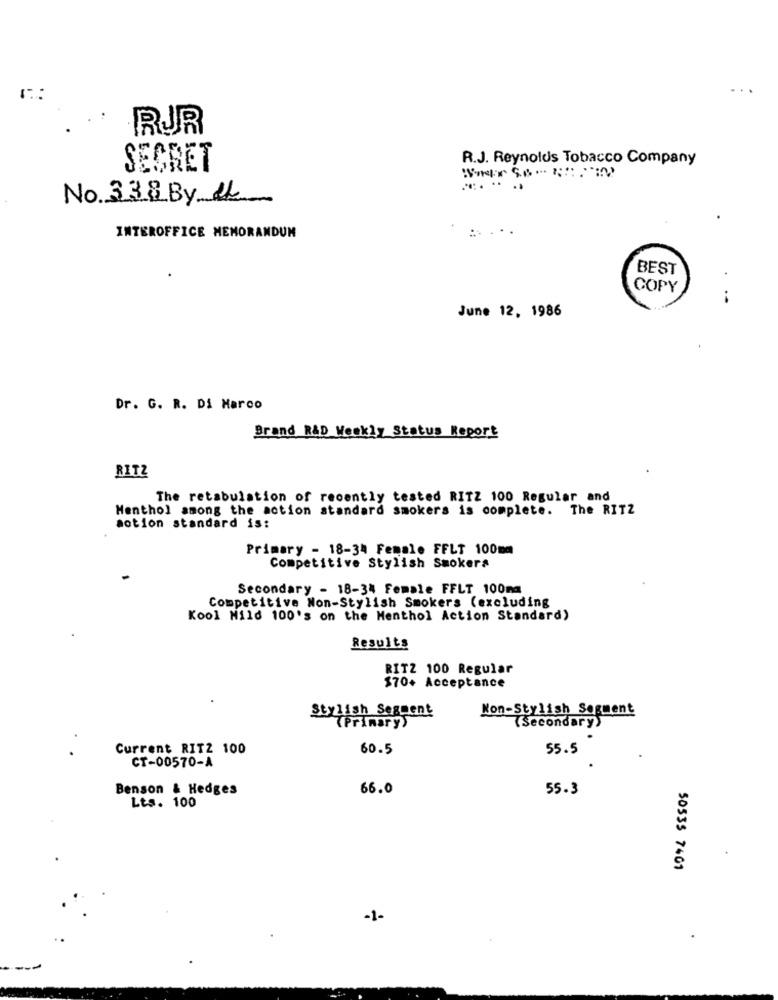
RJR
R.J. Reynolds Tobacco Company
SECRET
No 338 By the
INTEROFFICE MEMORANDUM
BEST
COPY
June 12, 1986
Dr. G. R. Di Marco
Brand R&D Weekly Status Report
RITZ
The retabulation of recently tested RITZ 100 Regular and
Menthol among the action standard smokers is complete. The RITZ
action standard is:
Primary - 18-34 Female FFLT 100mm
Competitive Stylish Smokers
Secondary - 18-34 Female FFLT 100m
Competitive Non-Stylish Smokers (excluding
Kool Mild 100's on the Menthol Action Standard)
Results
RITZ 100 Regular
370+ Acceptance
Stylish Segment
Non-Stylish Segment
(Primary)
(Secondary)
Current RITZ 100
60.5
55.5
CT-00570-A
Benson & Hedges
66.0
55.3
Lts. 100
50535 7401
-1-